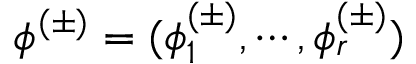
\phi ^ { ( \pm ) } = ( \phi _ { 1 } ^ { ( \pm ) } , \cdots , \phi _ { r } ^ { ( \pm ) } )